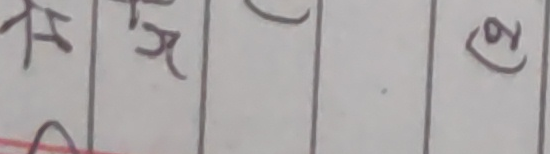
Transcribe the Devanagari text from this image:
झ